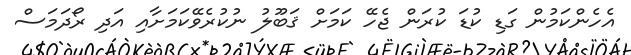
އެހެންކަމުން ގަޑި ކުޑަ ކުރަން ޖެހޭ ކަމަށް ޤަބޫލު ނުކުރެވޭކަމަށާއި އަދި ރޯދަމަސް